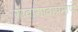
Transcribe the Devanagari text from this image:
गावागावाप्रमाणे